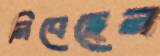
নিবেছেন